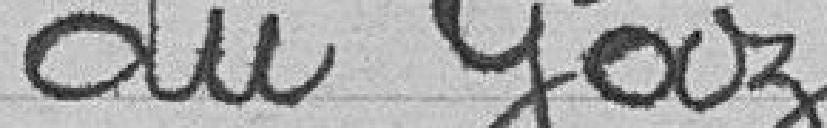
du Gaz